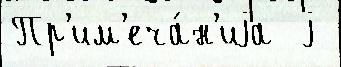
Пр'им'еча́н'иjа  j